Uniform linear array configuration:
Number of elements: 24
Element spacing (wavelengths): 0.75
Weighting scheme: hamming
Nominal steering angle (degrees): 30
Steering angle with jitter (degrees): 28.097
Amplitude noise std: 0.05
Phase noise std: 0.05

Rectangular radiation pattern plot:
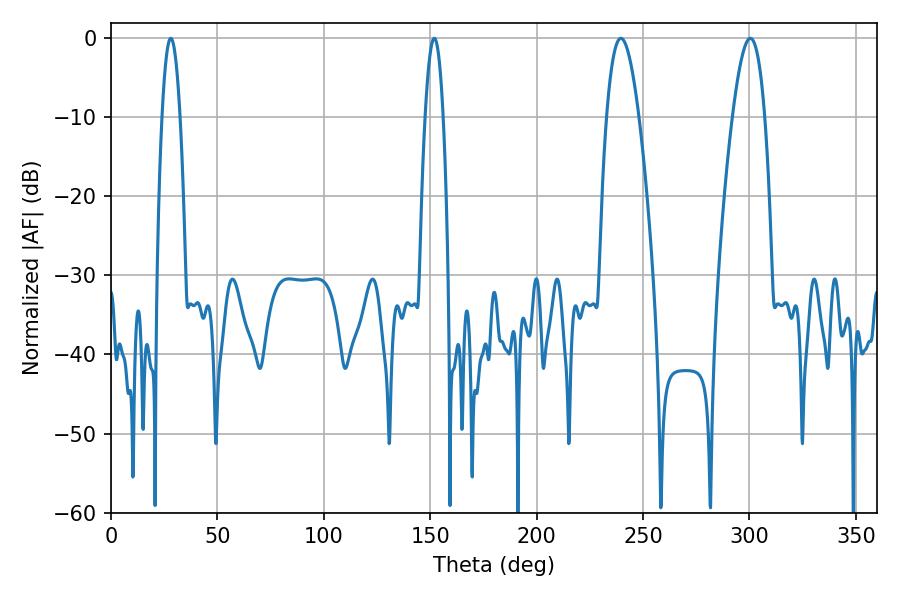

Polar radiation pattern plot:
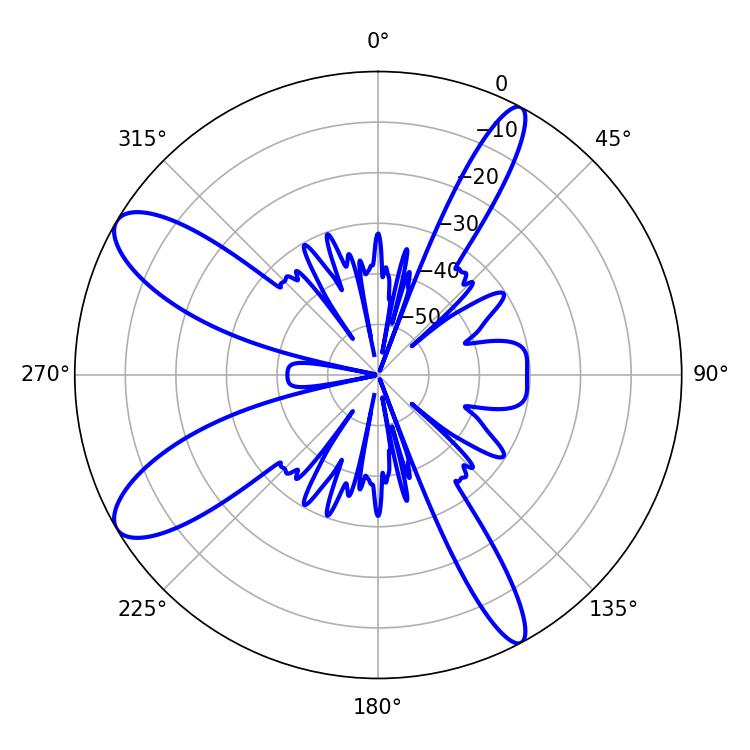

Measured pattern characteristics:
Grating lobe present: TRUE
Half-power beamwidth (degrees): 8.1
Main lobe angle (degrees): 239.58